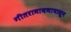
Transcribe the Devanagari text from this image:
गीतरामायणापासून